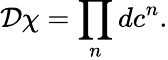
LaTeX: {\cal D}\chi=\prod_{n}dc^{n}.